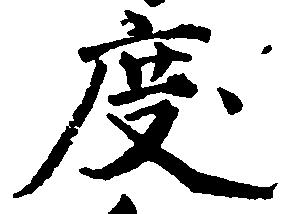
度